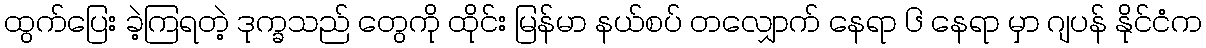
ထွက်ပြေး ခဲ့ကြရတဲ့ ဒုက္ခသည် တွေကို ထိုင်း မြန်မာ နယ်စပ် တလျှောက် နေရာ ၆ နေရာ မှာ ဂျပန် နိုင်ငံက